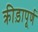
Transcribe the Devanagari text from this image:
क्रीड़ापूर्ण